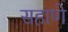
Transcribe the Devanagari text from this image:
सहाणे